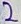
Text: 2